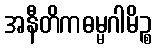
အနီတိကဓမ္မဂါမိဉ္စ